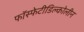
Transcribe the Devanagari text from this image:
फॉस्फेटीडिल्कोलीन